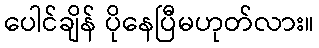
ပေါင်ချိန် ပိုနေပြီမဟုတ်လား။